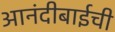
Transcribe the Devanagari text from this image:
आनंदीबाईची